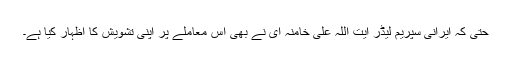
حتیٰ کہ ایرانی سپریم لیڈر آیت اللہ علی خامنہ ای نے بھی اس معاملے پر اپنی تشویش کا اظہار کیا ہے۔